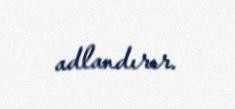
adlandırır.